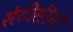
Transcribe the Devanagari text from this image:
सेटीसीमो